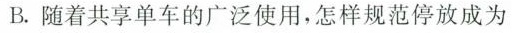
B.随着共享单车的广泛使用，怎样规范停放成为